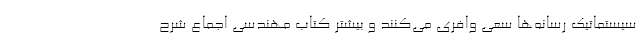
سیستماتیک رسانه‌ها سعی وافری می‌کنند و بیشترِ کتاب مهندسی اجماع شرح